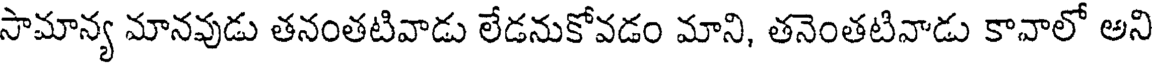
సామాన్య మానవుడు తనంతటివాడు లేడనుకోవడం మాని, తనెంతటివాడు కావాలో అని